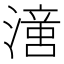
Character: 𣽢